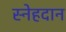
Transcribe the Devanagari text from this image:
स्नेहदान